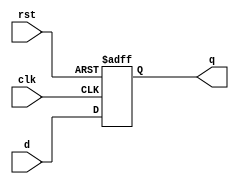
module  dff (
    input wire clk,   
    input wire rst,  
    input wire d,      
    output reg q       
);

   
    always @(negedge clk or negedge rst) begin
        if (!rst)
            q <= 1'b0;    
        else
            q <= d;      
    end
endmodule